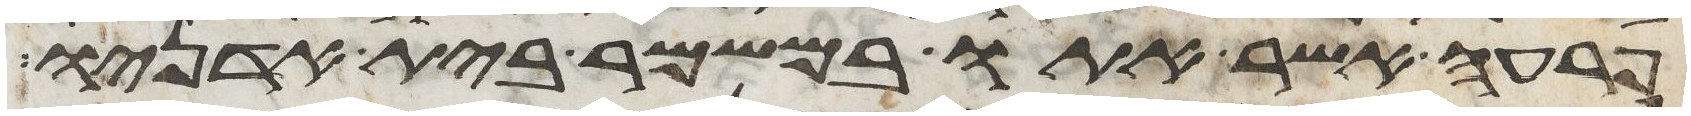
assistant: פרעה אשר אתו במשמר בית אדניו